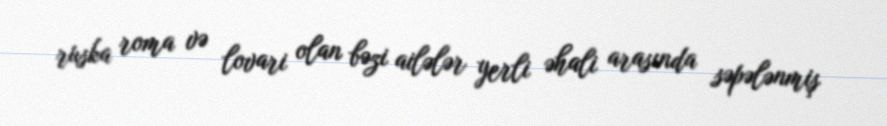
ruska roma və lovari olan bəzi ailələr yerli əhali arasında səpələnmiş